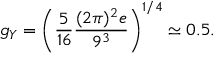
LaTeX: g _ { Y } = \left( { \frac { 5 } { 1 6 } } { \frac { ( 2 \pi ) ^ { 2 } e } { 9 ^ { 3 } } } \right) ^ { 1 / 4 } \simeq 0 . 5 .